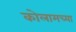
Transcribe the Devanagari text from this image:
कोलामच्या